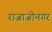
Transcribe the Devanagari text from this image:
राजाजीनगर